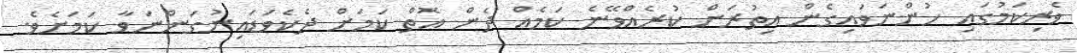
ވެރިކަމުގައި ހުންނަވައިގެން އިތުރަށް ކުރެއްވޭނެ ކަމެއް ދެން އޮތް ކަމަށް ދެކެވަޑައިނުގަންނަވާ ކަމަށެވެ.